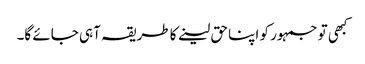
کبھی تو جمہور کو اپنا حق لینے کا طریقہ آہی جائے گا۔